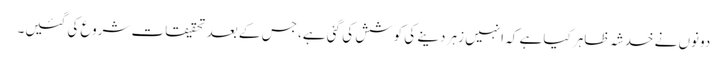
دونوں نے خدشہ ظاہر کیا ہے کہ انہیں زہر دینے کی کوشش کی گئی ہے، جس کے بعد تحقیقات شروع کی گئیں۔